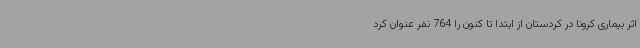
اثر بیماری کرونا در کردستان از ابتدا تا کنون را 764 نفر عنوان کرد